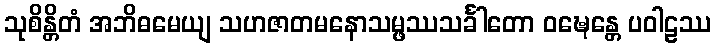
သုစိန္တိတံ အဘိဓမေယျ သဟဇာတမနောသမ္ဖဿသင်္ခါတော ဝဍ္ဎေန္တေ ပဝါဠဿ